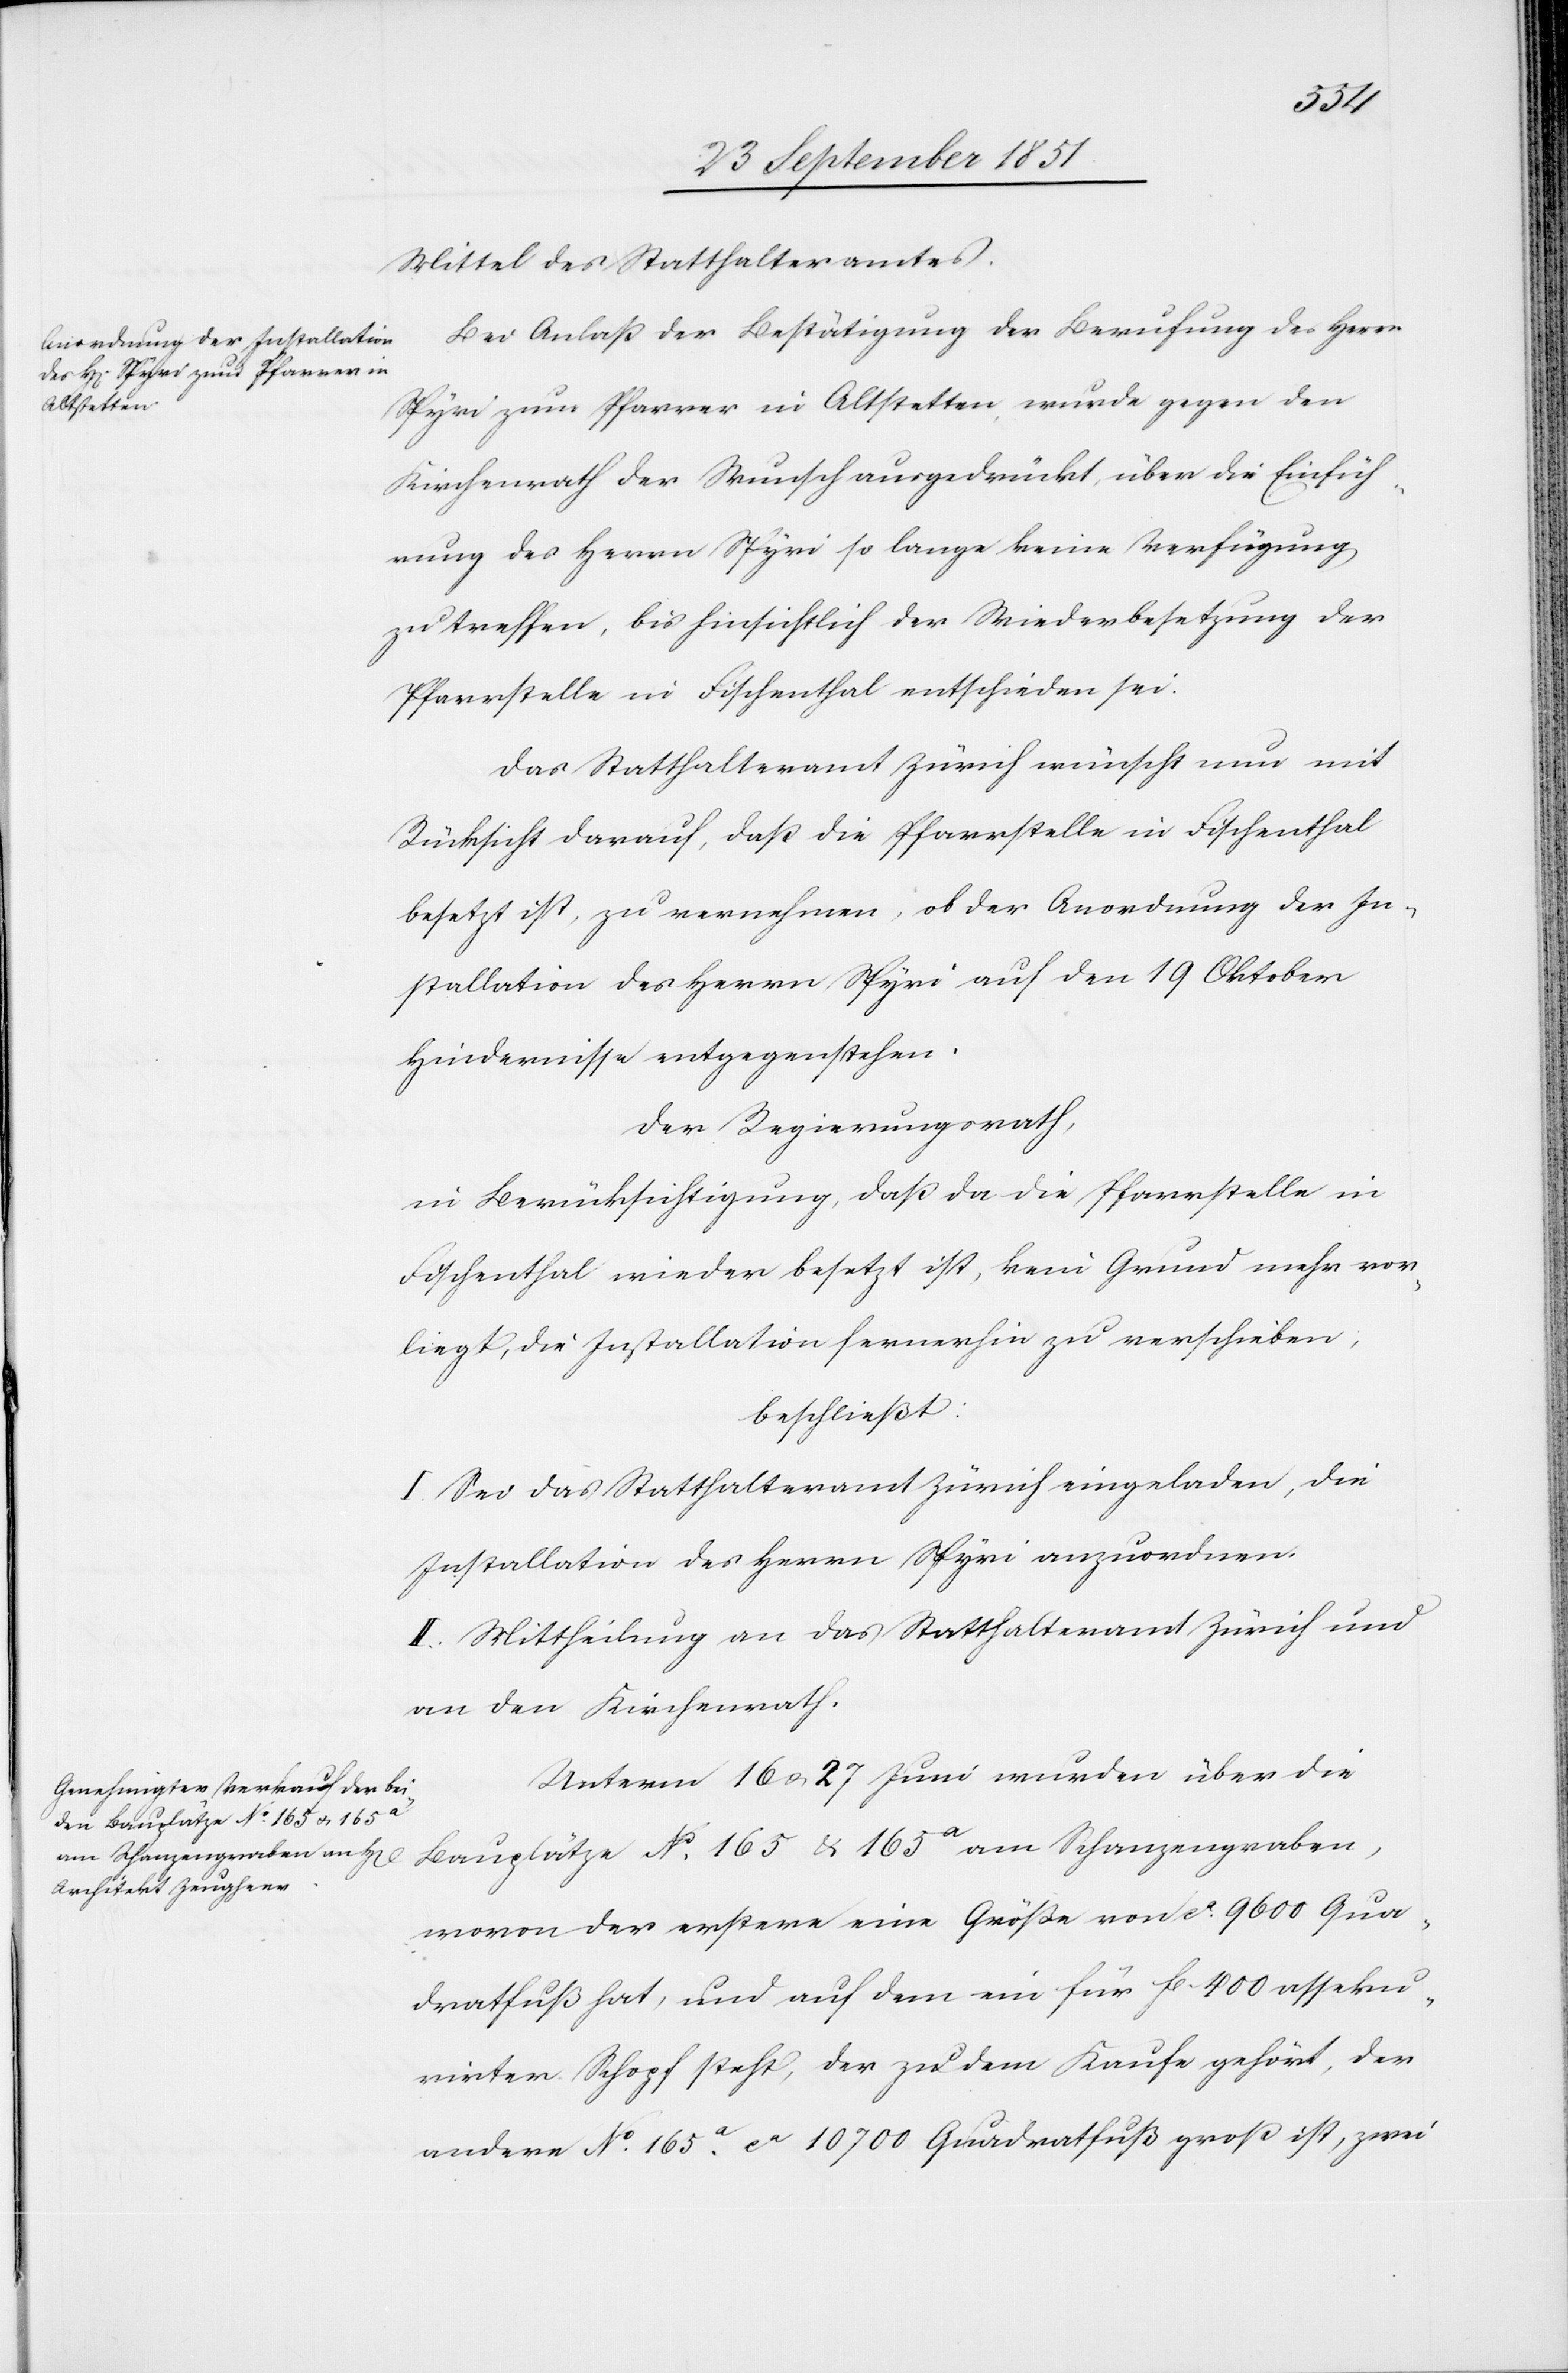
Mittel des Statthalteramtes.
Bei Anlaß der Bestätigung der Berufung des Herrn
Spyri zum Pfarrer in Altstetten, wurde gegen den
Kirchenrath der Wunsch ausgedrückt, über die Einfüh¬
rung des Herrn Spyri so lange keine Verfügung
zu treffen, bis hinsichtlich der Wiederbesetzung der
Pfarrstelle in Fischenthal entschieden sei.
Das Statthalteramt Zürich wünscht nun mit
Rücksicht darauf, daß die Pfarrstelle in Fischenthal
besetzt ist, zu vernehmen, ob der Anordnung der In¬
stallation des Herrn Spyri auf den 19 Oktober
Hindernisse entgegenstehen.
Der Regierungsrath,
in Berücksichtigung, daß da die Pfarrstelle in
Fischenthal wieder besetzt ist, kein Grund mehr vor¬
liegt, die Installation fernerhin zu verschieben,
beschließt:
I. Sei das Statthalteramt Zürich eingeladen, die
Installation des Herrn Spyri anzuordnen.
II. Mittheilung an das Statthalteramt Zürich und
an den Kirchenrath.
Unterm 16 & 27 Juni wurden über die
Bauplätze No. 165 & 165a am Schanzengraben,
wovon der erstere eine Größe von ca. 9600 Qua¬
dratfuß hat, und auf dem ein für fl. 400 asseku¬
rirter Schopf steht, der zu dem Kaufe gehört, der
andere No. 165a. ca. 10 700 Quadratfuß groß ist, zwei